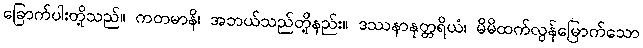
ခြောက်ပါးတို့သည်။ ကတမာနိ၊ အဘယ်သည်တို့နည်း။ ဒဿနာနုတ္တရိယံ၊ မိမိထက်လွန်မြောက်သော